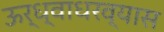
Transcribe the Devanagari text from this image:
ऊर्ध्वाधरव्यास